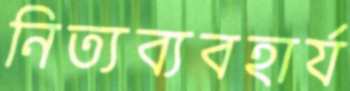
নিত্যব্যবহার্য